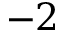
- 2